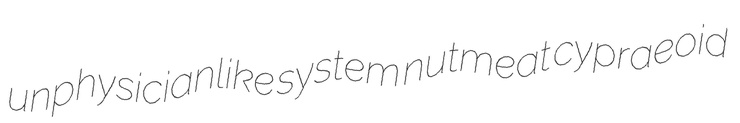
unphysicianlike system nutmeat cypraeoid